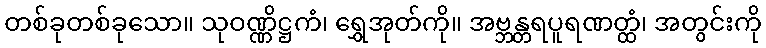
တစ်ခုတစ်ခုသော။ သုဝဏ္ဏိဋ္ဌကံ၊ ရွှေအုတ်ကို။ အဗ္ဘန္တရပူရဏတ္ထံ၊ အတွင်းကို